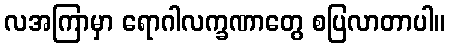
လအကြာမှာ ရောဂါလက္ခဏာတွေ စပြလာတာပါ။